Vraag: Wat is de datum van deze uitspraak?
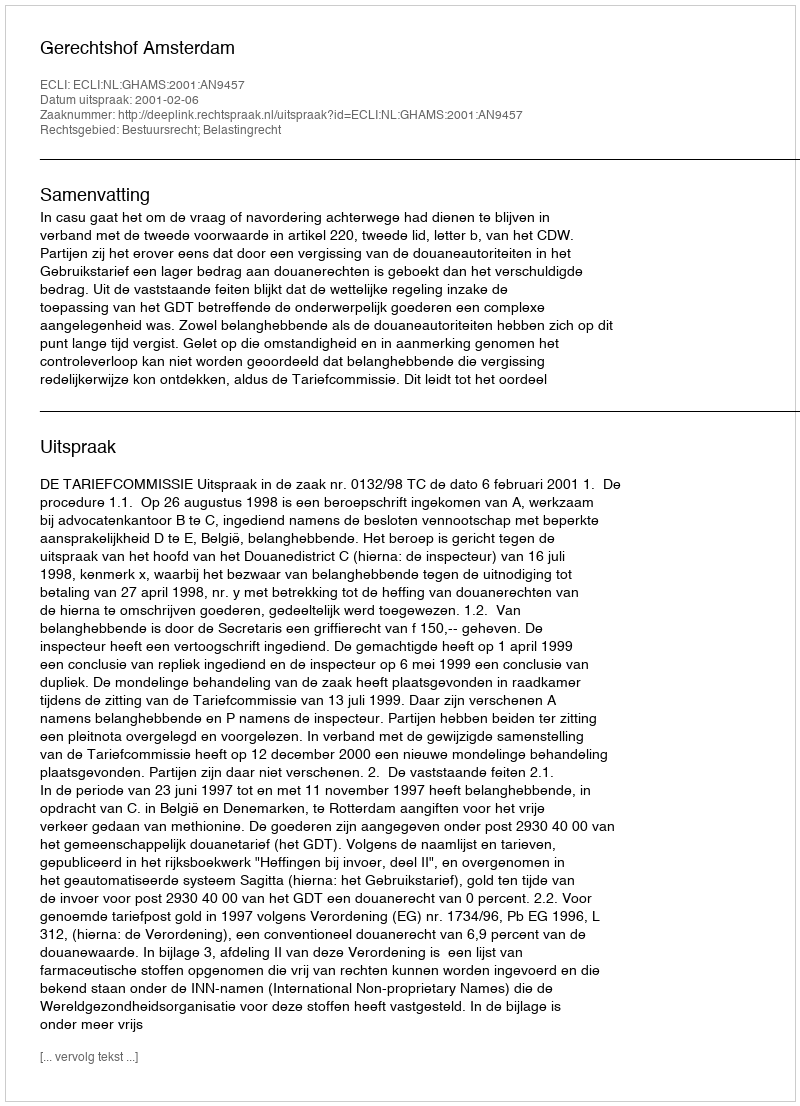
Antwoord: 2001-02-06